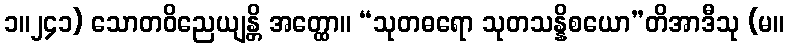
၁။၂၄၁) သောတဝိညေယျန္တိ အတ္ထော။ “သုတဓရော သုတသန္နိစယော”တိအာဒီသု (မ။